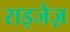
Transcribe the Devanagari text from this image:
राइजेज़